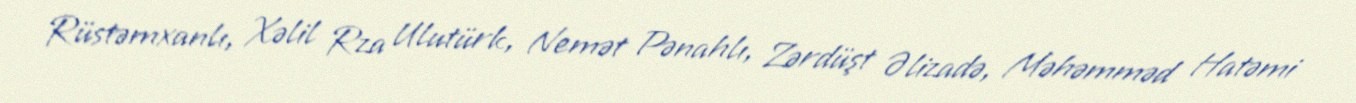
Rüstəmxanlı, Xəlil Rza Ulutürk, Nemət Pənahlı, Zərdüşt Əlizadə, Məhəmməd Hatəmi